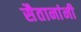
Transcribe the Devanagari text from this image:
सैतानांनी